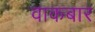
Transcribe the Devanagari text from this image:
वाकबार